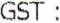
GST :